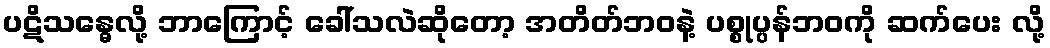
ပဋိသန္ဓေလို့ ဘာကြောင့် ခေါ်သလဲဆိုတော့ အတိတ်ဘဝနဲ့ ပစ္စုပ္ပန်ဘဝကို ဆက်ပေး လို့